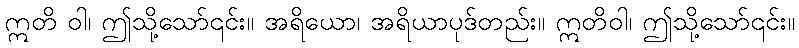
ဣတိ ဝါ၊ ဤသို့သော်၎င်း။ အရိယော၊ အရိယာပုဒ်တည်း။ ဣတိဝါ၊ ဤသို့သော်၎င်း။